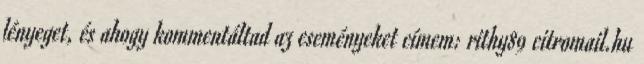
lényeget, és ahogy kommentáltad az eseményeket címem: rithy89 citromail.hu